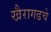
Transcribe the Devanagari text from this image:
खैरागढचे